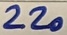
Text: 220